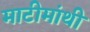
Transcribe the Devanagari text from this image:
माटीमांथी